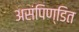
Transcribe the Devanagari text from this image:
असंपिण्डित